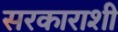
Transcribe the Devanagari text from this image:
सरकाराशी